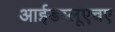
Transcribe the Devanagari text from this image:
आईडब्लूएचए